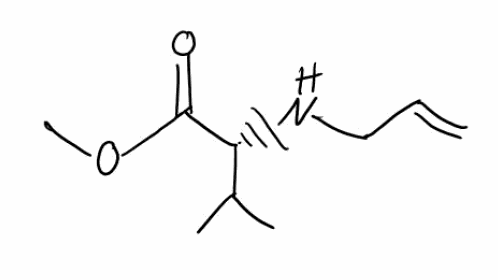
Simplified molecular-input line-entry system (SMILES) notation of the given molecule:
CC(C)[C@H](C(=O)OC)NCC=C